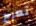
تعرج